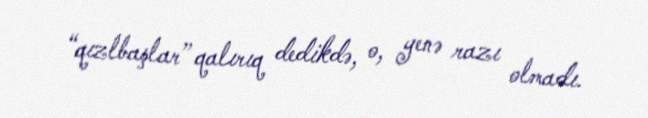
“qızlbaşlar” qalırıq dedikdə, o, yenə razı olmadı.